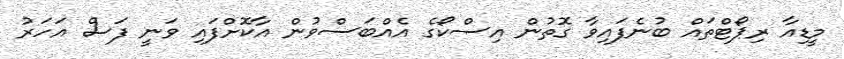
މީޑިއާ ރިޕޯޓްތައް ބުނެފައިވާ ގޮތުން އިސްކޯގެ އެއްބަސްވުން އާކޮށްފައި ވަނީ ފަސް އަހަރު